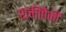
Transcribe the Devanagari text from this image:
शक्तींपैकी